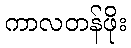
ကာလတန်ဖိုး